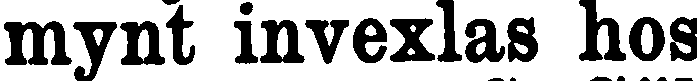
mynt invexlas hos